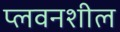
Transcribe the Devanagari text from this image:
प्लवनशील